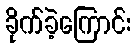
ခိုက်ခဲ့ကြောင်း